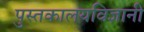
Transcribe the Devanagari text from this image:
पुस्तकालयविज्ञानी